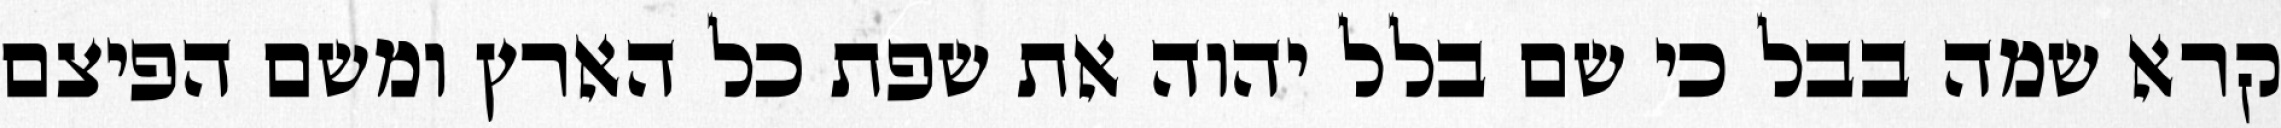
קרא שמה בבל כי שם בלל יהוה את שפת כל הארץ ומשם הפיצם